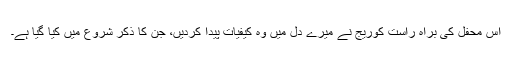
اس محفل کی براہ راست کوریج نے میرے دل میں وہ کیفیات پیدا کردیں، جن کا ذکر شروع میں کیا گیا ہے۔